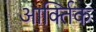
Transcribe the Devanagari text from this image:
आर्क्तिक